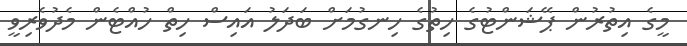
މީގެ އިތުރުން ޕޭޝަންޓުގެ ހިތުގެ ހިނގުމަށް ބަދަލު އައިސް ހިތް ހުއްޓެން މެދުވެރިވީ